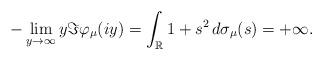
LaTeX: \begin{align*}-\lim_{y\rightarrow\infty}y\Im\varphi_\mu(iy)=\int_\mathbb{R}1+s^2\,d\sigma_\mu(s)=+\infty.\end{align*}